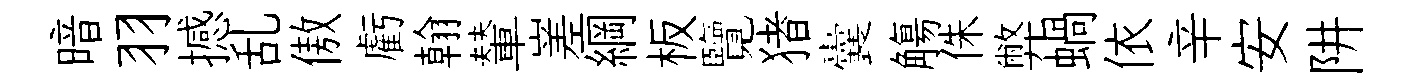
暗羽撼乱傲虧翰輦嵳綱板覽猪囊觴侏弊蝸依辛安阱